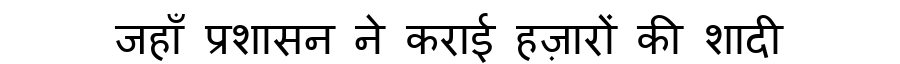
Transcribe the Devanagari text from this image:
जहाँ प्रशासन ने कराई हज़ारों की शादी